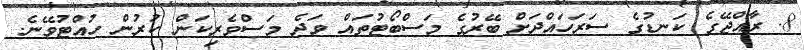
8. ރާއްޖޭގެ ކަނޑުގެ ސަރަހައްދަށް ބޭރުގެ މަސްބޯޓުތައް ވަދެ މަސްވެރިކަން ކުރުން ހުއްޓުވޭނެ.